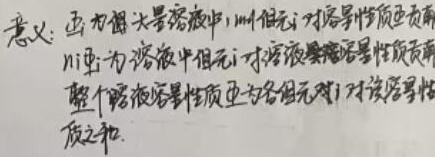
意义：当为稀溶液中，\(n_i\)倍组元\(i\)对容量性质贡献；\(n_i x_i\)为溶液中组元\(i\)对溶液某容量性质贡献，整个溶液容量性质应为各组元对该容量性质之和。